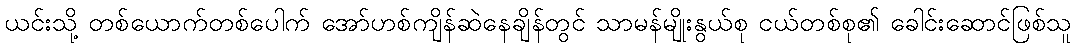
ယင်းသို့ တစ်ယောက်တစ်ပေါက် အော်ဟစ်ကျိန်ဆဲနေချိန်တွင် သာမန်မျိုးနွယ်စု ငယ်တစ်စု၏ ခေါင်းဆောင်ဖြစ်သူ